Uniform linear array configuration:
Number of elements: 32
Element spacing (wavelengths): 0.5
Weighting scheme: cosine
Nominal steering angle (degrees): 45
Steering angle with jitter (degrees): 46.644
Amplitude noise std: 0.05
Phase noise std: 0.05

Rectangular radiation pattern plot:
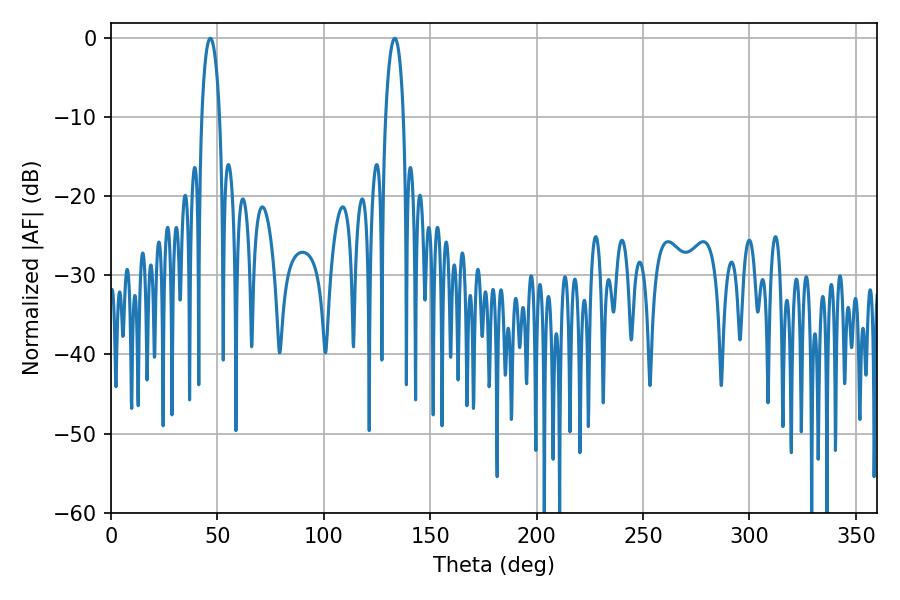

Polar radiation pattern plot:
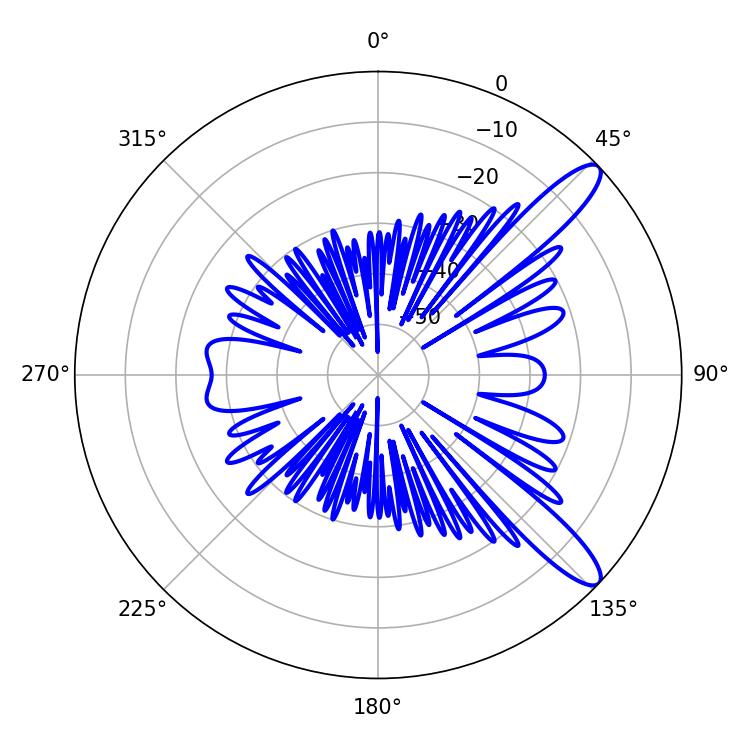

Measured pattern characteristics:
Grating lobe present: FALSE
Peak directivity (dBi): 11.769
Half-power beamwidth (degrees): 4.86
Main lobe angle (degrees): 46.62